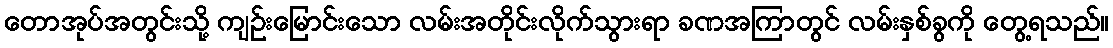
တောအုပ်အတွင်းသို့ ကျဉ်းမြောင်းသော လမ်းအတိုင်းလိုက်သွားရာ ခဏအကြာတွင် လမ်းနှစ်ခွကို တွေ့ရသည်။